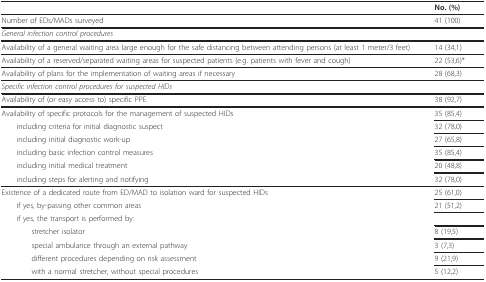
|  | No. (%) |
 | --- | --- |
 | Number of EDs/MADs surveyed | 41 (100) |
 | <COLSPAN=2> General infection control procedures |
 | Availability of a general waiting area large enough for the safe distancing between attending persons (at least 1 meter/3 feet) | 14 (34,1) |
 | Availability of a reserved/separated waiting areas for suspected patients (e.g. patients with fever and cough) | 22 (53,6)* |
 | Availability of plans for the implementation of waiting areas if necessary | 28 (68,3) |
 | <COLSPAN=2> Specific infection control procedures for suspected HIDs |
 | Availability of (or easy access to) specific PPE | 38 (92,7) |
 | Availability of specific protocols for the management of suspected HIDs | 35 (85,4) |
 | including criteria for initial diagnostic suspect | 32 (78,0) |
 | including initial diagnostic work-up | 27 (65,8) |
 | including basic infection control measures | 35 (85,4) |
 | including initial medical treatment | 20 (48,8) |
 | including steps for alerting and notifying | 32 (78,0) |
 | Existence of a dedicated route from ED/MAD to isolation ward for suspected HIDs | 25 (61,0) |
 | if yes, by-passing other common areas | 21 (51,2) |
 | if yes, the transport is performed by: |  |
 | stretcher isolator | 8 (19,5) |
 | special ambulance through an external pathway | 3 (7,3) |
 | different procedures depending on risk assessment | 9 (21,9) |
 | with a normal stretcher, without special procedures | 5 (12,2) |